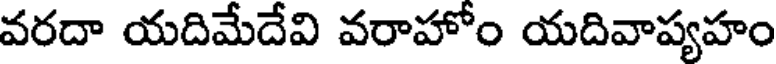
వరదా యదిమేదేవి వరాహోం యదివాప్యహం